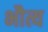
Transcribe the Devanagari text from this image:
भौत्य